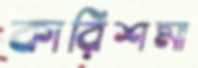
কারিশমা